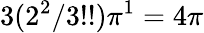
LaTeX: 3(2^{2}/3!!)\pi^{1}=4\pi